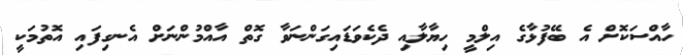
ހާއްސަކޮށް އެ ބޭފުޅާގެ އިލްމީ ހިޔާލާއި ދެކެވަޑައިގަންނަވާ ގޮތް އާއްމުންނަަށް އެނގިފައި އޮތުމަކީ